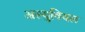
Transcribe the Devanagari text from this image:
अल्युवियल